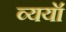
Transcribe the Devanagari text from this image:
व्ययॉ